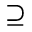
\supseteq